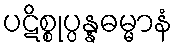
ပဋိစ္စုပ္ပန္နဓမ္မာနံ